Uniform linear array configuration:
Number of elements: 48
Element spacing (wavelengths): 0.5
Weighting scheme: binomial
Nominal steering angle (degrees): -30
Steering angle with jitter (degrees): -29.921
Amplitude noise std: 0.05
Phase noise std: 0.05

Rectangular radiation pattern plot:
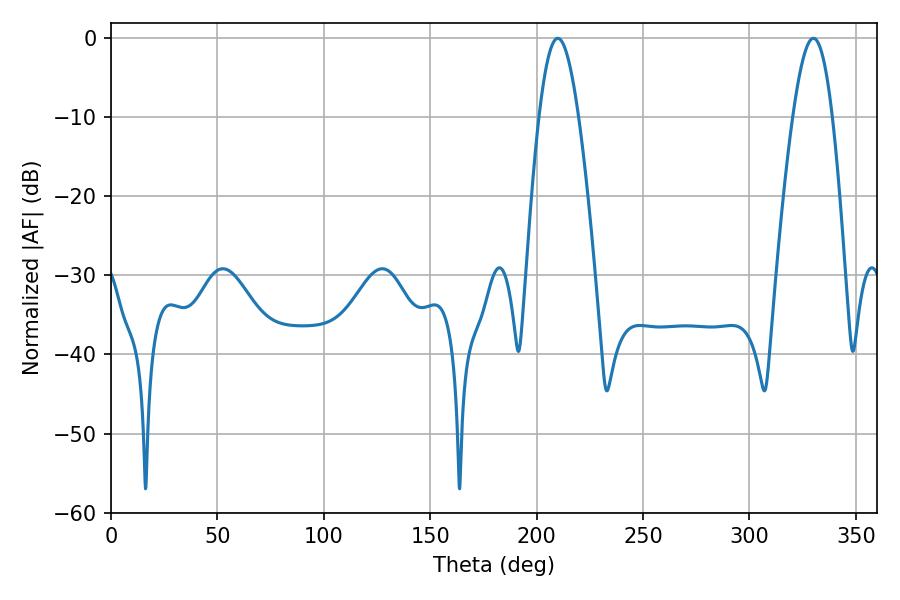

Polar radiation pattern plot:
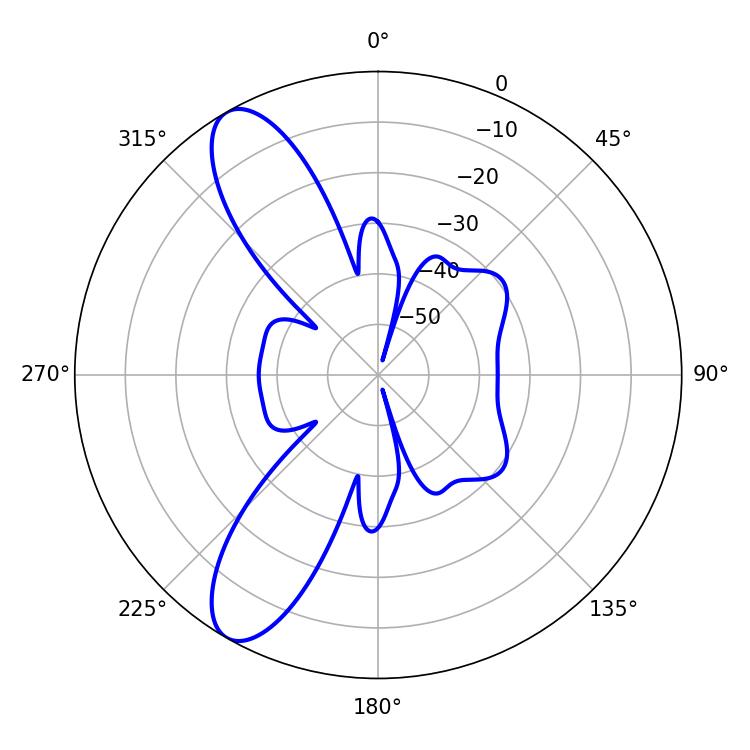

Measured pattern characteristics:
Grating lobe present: FALSE
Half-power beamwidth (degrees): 10.08
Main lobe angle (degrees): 209.88